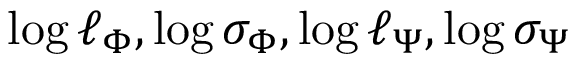
\log \ell _ { \Phi } , \log \sigma _ { \Phi } , \log \ell _ { \Psi } , \log \sigma _ { \Psi }